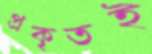
প্রকৃতই